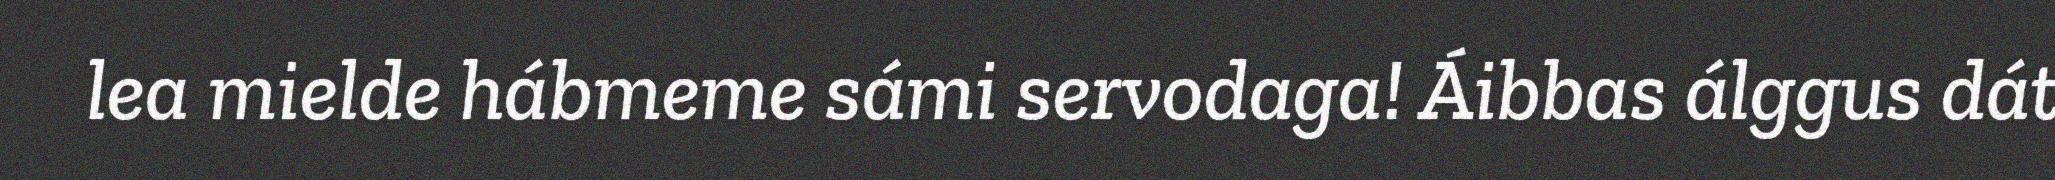
lea mielde hábmeme sámi servodaga! Áibbas álggus dát